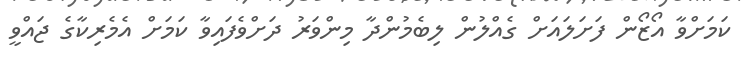
ކަމަށްވާ އޯޒޯން ފަށަލައަށް ގެއްލުން ލިބެމުންދާ މިންވަރު ދަށްވެފައިވާ ކަމަށް އެމެރިކާގެ ޖައްވީ